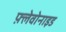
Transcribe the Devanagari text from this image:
फ़्लेवोनाइड